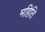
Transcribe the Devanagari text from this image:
महिति